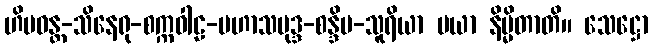
ဟိမဝန္တ-သိနေရု-စက္ကဝါဠ-မဟာသမုဒ္ဒ-စန္ဒိမ-သူရိယာ မယာ နိမ္မိတာတိ။ သေဋ္ဌော